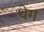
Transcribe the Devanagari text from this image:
थेग